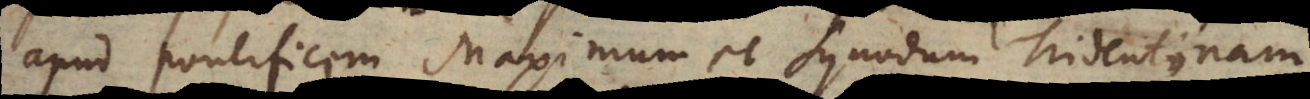
apud Pontificem Maximum et Synodum Tridentinam